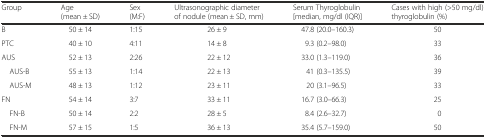
<table><thead><tr><td><b>Group</b></td><td><b>Age (mean ± SD)</b></td><td><b>Sex (M:F)</b></td><td><b>Ultrasonographic diameter of nodule (mean ± SD, mm)</b></td><td><b>Serum Thyroglobulin [median, mg/dl (IQR)]</b></td><td><b>Cases with high (&gt;50 mg/dl) thyroglobulin (%)</b></td></tr></thead><tbody><tr><td>B</td><td>50 ± 14</td><td>1:15</td><td>26 ± 9</td><td>47.8 (20.0–160.3)</td><td>50</td></tr><tr><td>PTC</td><td>40 ± 10</td><td>4:11</td><td>14 ± 8</td><td>9.3 (0.2–98.0)</td><td>33</td></tr><tr><td>AUS</td><td>52 ± 13</td><td>2:26</td><td>22 ± 12</td><td>33.0 (1.3–119.0)</td><td>36</td></tr><tr><td> AUS-B</td><td>55 ± 13</td><td>1:14</td><td>22 ± 13</td><td>41 (0.3–135.5)</td><td>39</td></tr><tr><td> AUS-M</td><td>48 ± 13</td><td>1:12</td><td>23 ± 11</td><td>20 (3.1–96.5)</td><td>33</td></tr><tr><td>FN</td><td>54 ± 14</td><td>3:7</td><td>33 ± 11</td><td>16.7 (3.0–66.3)</td><td>25</td></tr><tr><td> FN-B</td><td>50 ± 14</td><td>2:2</td><td>28 ± 5</td><td>8.4 (2.6–32.7)</td><td>0</td></tr><tr><td> FN-M</td><td>57 ± 15</td><td>1:5</td><td>36 ± 13</td><td>35.4 (5.7–159.0)</td><td>50</td></tr></tbody></table>